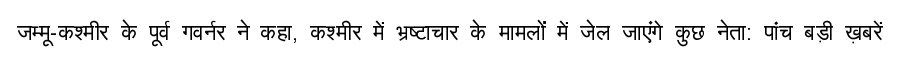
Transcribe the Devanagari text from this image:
जम्मू-कश्मीर के पूर्व गवर्नर ने कहा, कश्मीर में भ्रष्टाचार के मामलों में जेल जाएंगे कुछ नेता: पांच बड़ी ख़बरें